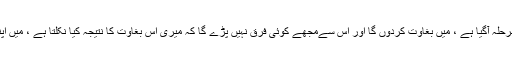
میرے لیے اب کلمہ حق کہنے کا مرحلہ آگیا ہے ، میں بغاوت کردوں گا اور اس سےمجھے کوئی فرق نہیں پڑے گا کہ میری اس بغاوت کا نتیجہ کیا نکلتا ہے ، میں اپنی جان ہتھیلی پر لے کر نکلا ہوں ۔